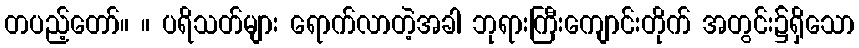
တပည့်တော်။ ။ ပရိသတ်များ ရောက်လာတဲ့အခါ ဘုရားကြီးကျောင်းတိုက် အတွင်း၌ရှိသော